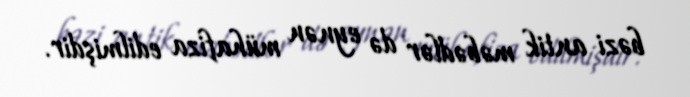
bəzi antik məbədlər də eynən mühafiza edilmişdir.